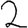
Digit: 2